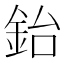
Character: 鈶